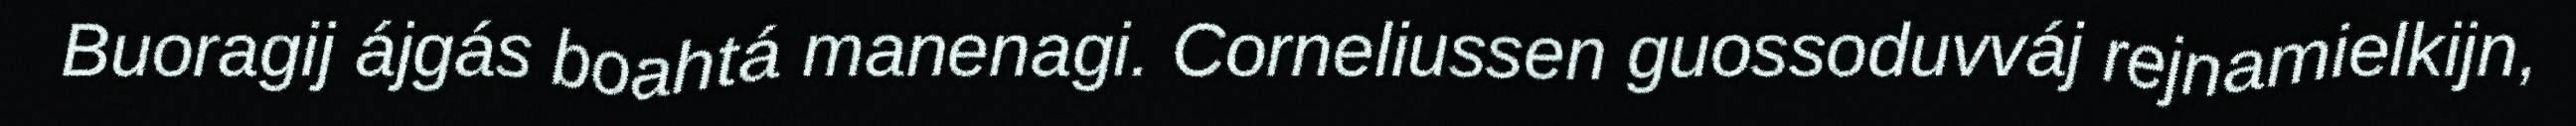
Buoragij ájgás boahtá manenagi. Corneliussen guossoduvváj rejnamielkijn,